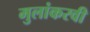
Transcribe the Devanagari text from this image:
मुलांकरवी